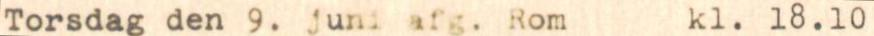
Torsdag den 9. juni afg. Rom kl. 18.10